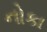
નોકા